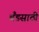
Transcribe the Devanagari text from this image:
बँडसाठी